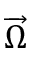
\overrightarrow { \Omega }